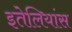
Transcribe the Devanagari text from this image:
इतेलियांस